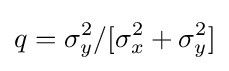
q=\sigma _{y}^{2}/[\sigma _{x}^{2}+\sigma _{y}^{2}]